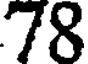
78